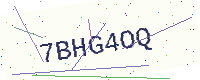
Text: 7BHG4OQ